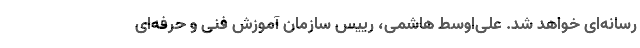
رسانه‌ای خواهد شد. علی‌اوسط هاشمی، رییس سازمان آموزش فنی و حرفه‌ای